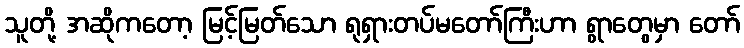
သူတို့ အဆိုကတော့ မြင့်မြတ်သော ရုရှားတပ်မတော်ကြီးဟာ ရွာတွေမှာ တော်